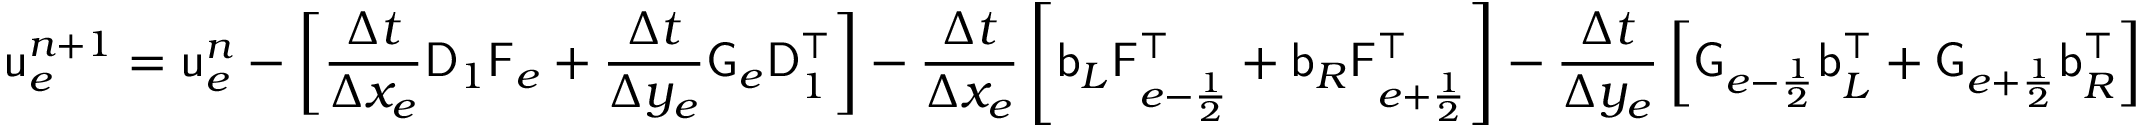
\mathsf { u } _ { e } ^ { n + 1 } = \mathsf { u } _ { e } ^ { n } - \left[ \frac { \Delta t } { \Delta x _ { e } } \mathsf { D } _ { 1 } \mathsf { F } _ { e } + \frac { \Delta t } { \Delta y _ { e } } \mathsf { G } _ { e } \mathsf { D } _ { 1 } ^ { \top } \right] - \frac { \Delta t } { \Delta x _ { e } } \left[ \mathsf { b } _ { L } \mathsf { F } _ { e - \frac { 1 } { 2 } } ^ { \top } + \mathsf { b } _ { R } \mathsf { F } _ { e + \frac { 1 } { 2 } } ^ { \top } \right] - \frac { \Delta t } { \Delta y _ { e } } \left[ \mathsf { G } _ { e - \frac { 1 } { 2 } } \mathsf { b } _ { L } ^ { \top } + \mathsf { G } _ { e + \frac { 1 } { 2 } } \mathsf { b } _ { R } ^ { \top } \right]